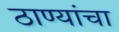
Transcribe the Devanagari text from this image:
ठाण्यांचा